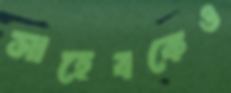
সাহেবকেও